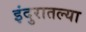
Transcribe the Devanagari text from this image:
इंदुरातल्या